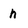
Character: n